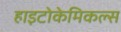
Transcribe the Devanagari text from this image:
हाइटोकेमिकल्स